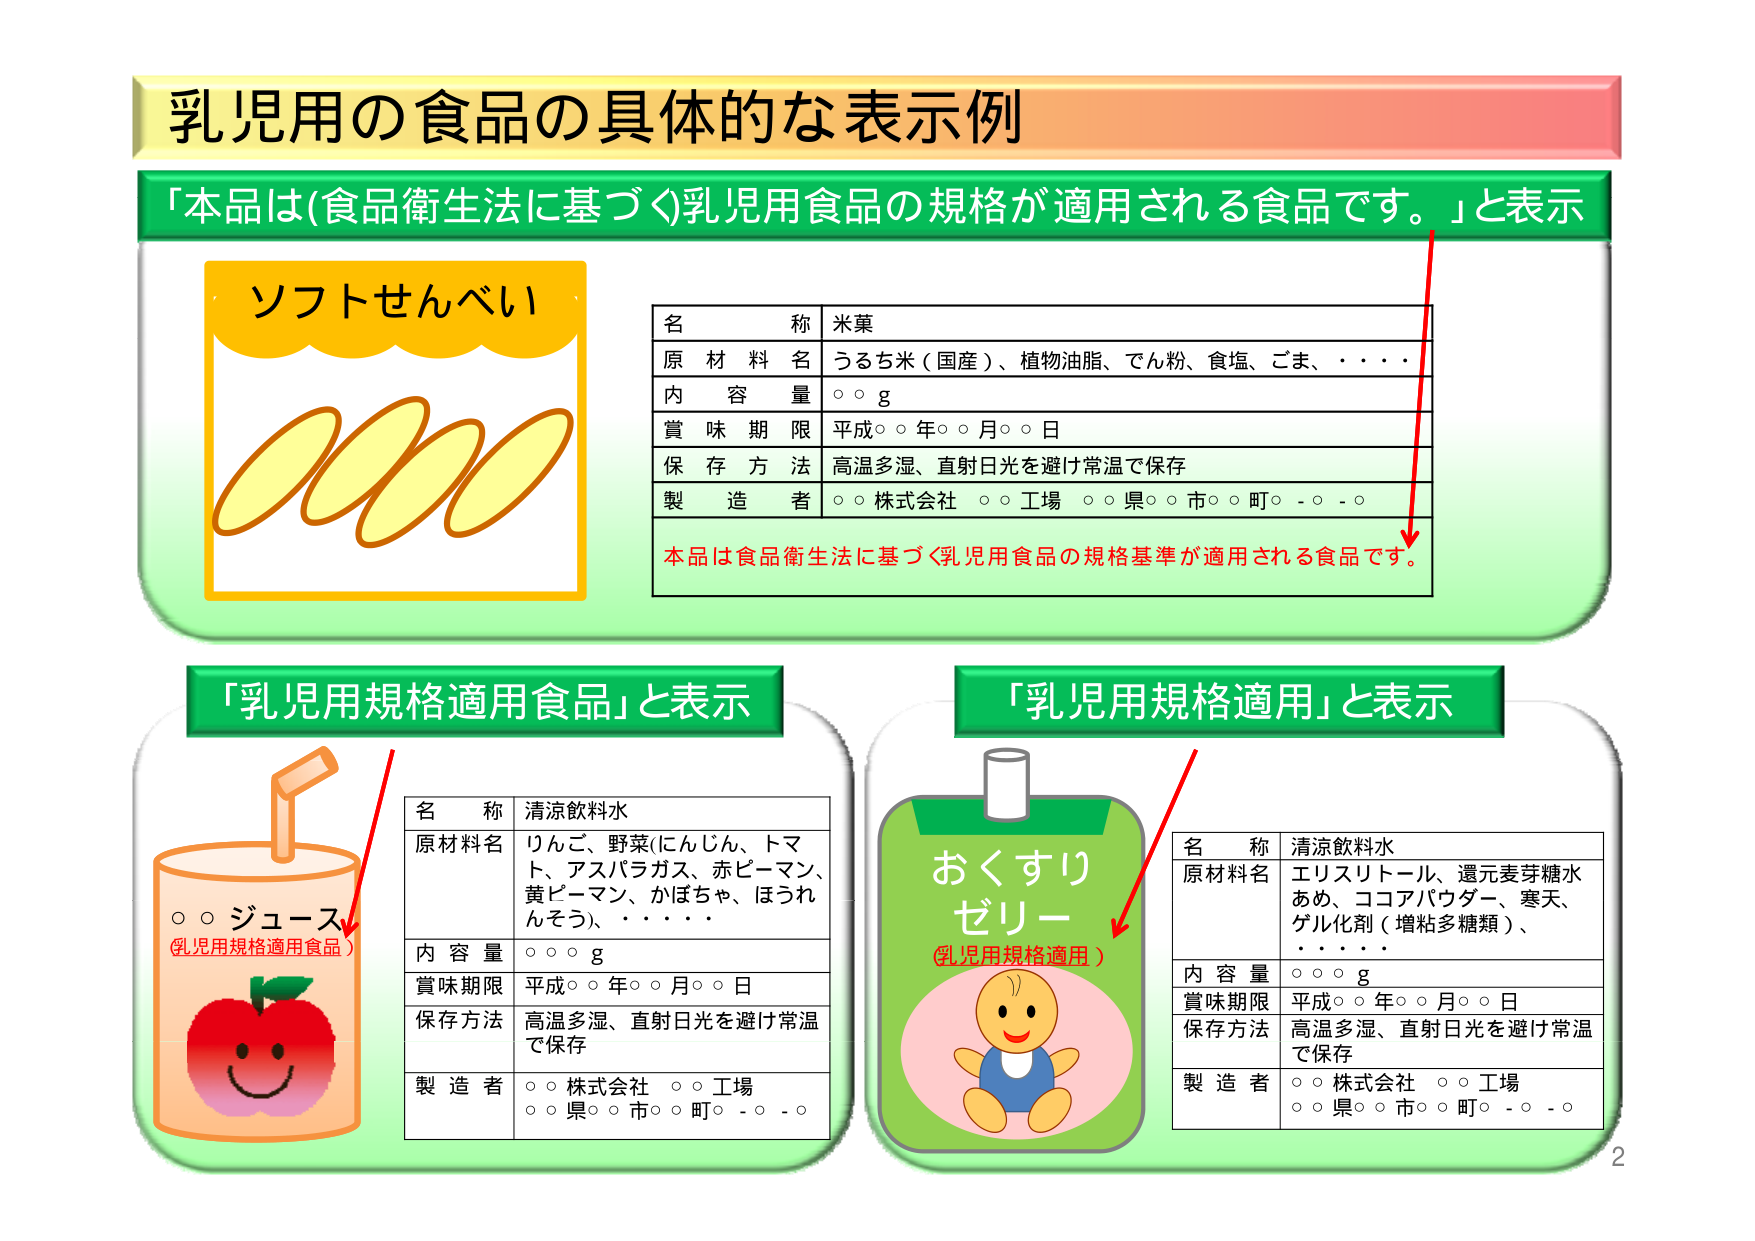
乳児用の食品の具体的な表示例
「本品は(食品衛生法に基づく)乳児用食品の規格が適用される食品です。」と表示
ソフトせんべい
名 称 米菓
原材料名 うるち米（国産）、植物油脂、でん粉、食塩、ごま、・・・
内 容 量 〇〇 g
賞 味 期 限 平成〇〇年〇〇月〇〇日
保 存 方 法 高温多湿、直射日光を避け常温で保存
製 造 者 〇〇株式会社 〇〇工場 〇〇県〇〇市〇〇町〇-〇-〇
本品は食品衛生法に基づく乳児用食品の規格基準が適用される食品です。
「乳児用規格適用食品」と表示
〇〇ジュース
（乳児用規格適用食品）
名 称 清涼飲料水
原材料名 りんご、野菜（にんじん、トマト、アスパラガス、赤ピーマン、黄ピーマン、かぼちゃ、ほうれんそう）、・・・・
内 容 量 〇〇〇 g
賞味期限 平成〇〇年〇〇月〇〇日
保存方法 高温多湿、直射日光を避け常温で保存
製 造 者 〇〇株式会社 〇〇工場 〇〇県〇〇市〇〇町〇-〇-〇
「乳児用規格適用」と表示
おくすりゼリー
（乳児用規格適用）
名 称 清涼飲料水
原材料名 エリスリトール、還元麦芽糖水あめ、ココアパウダー、寒天、ゲル化剤（増粘多糖類）、・・・・
内 容 量 〇〇〇 g
賞味期限 平成〇〇年〇〇月〇〇日
保存方法 高温多湿、直射日光を避け常温で保存
製 造 者 〇〇株式会社 〇〇工場 〇〇県〇〇市〇〇町〇-〇-〇
2